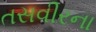
તસવીરના